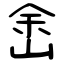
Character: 峹